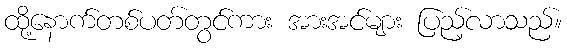
ထို့နောက်တစ်ပတ်တွင်ကား အားအင်များ ပြည့်လာသည်။